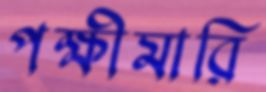
পক্ষীমারি